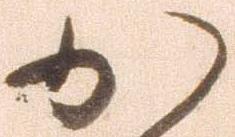
か